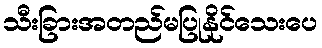
သီးခြားအတည်မပြုနိုင်သေးပေ